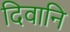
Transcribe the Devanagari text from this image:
दिवानि